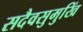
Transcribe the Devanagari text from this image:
सदैवसुमुखिं